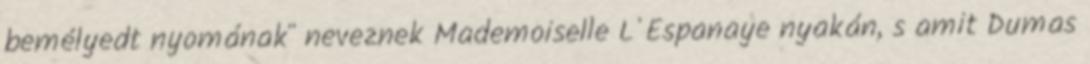
bemélyedt nyomának" neveznek Mademoiselle L'Espanaye nyakán, s amit Dumas